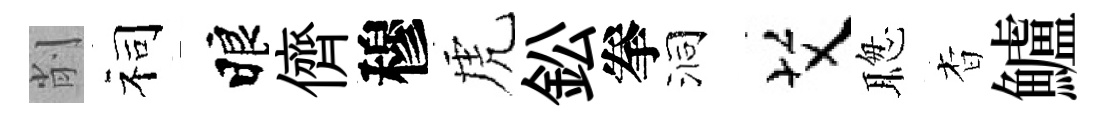
削祠睱儕穆虎鈆拳洞艾聦杳鱸